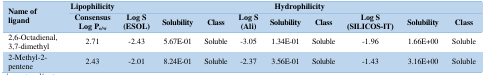
| <ROWSPAN=2> Name of ligand | Lipophilicity | <COLSPAN=9> Hydrophilicity |
 | Consensus Log Po/w | Log S (ESOL) | Solubility | Class | Log S (Ali) | Solubility | Class | Log S (SILICOS-IT) | Solubility | Class |
 | --- | --- | --- | --- | --- | --- | --- | --- | --- | --- | --- |
 | 2,6-Octadienal, 3,7-dimethyl | 2.71 | -2.43 | 5.67E-01 | Soluble | -3.05 | 1.34E-01 | Soluble | -1.96 | 1.66E+00 | Soluble |
 | 2-Methyl-2-pentene | 2.43 | -2.01 | 8.24E-01 | Soluble | -2.37 | 3.56E-01 | Soluble | -1.43 | 3.16E+00 | Soluble |